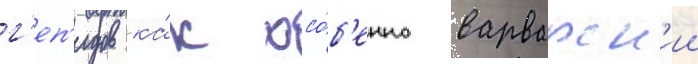
г'еп'идов ка́к осо́б'енно варварск'ии